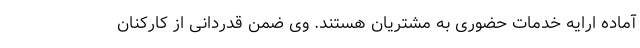
آماده ارایه خدمات حضوری به مشتریان هستند. وی ضمن قدردانی از کارکنان